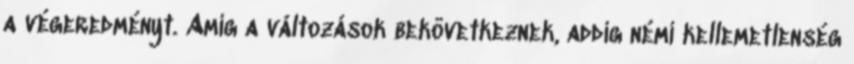
a végeredményt. Amíg a változások bekövetkeznek, addig némi kellemetlenség